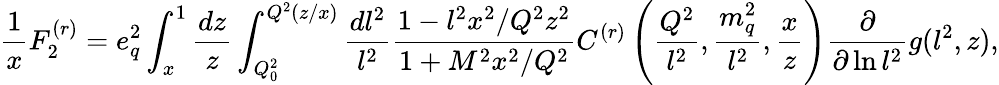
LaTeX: \frac{1}{x}F_{2}^{(r)}=e_{q}^{2}\int_{x}^{1}\frac{dz}{z}\int_{Q_{0}^{2}}^{Q^{2}(z/x)}\frac{dl^{2}}{l^{2}}\frac{1-l^{2}x^{2}/Q^{2}z^{2}}{1+M^{2}x^{2}/Q^{2}}C^{(r)}\left(\frac{Q^{2}}{l^{2}},\frac{m_{q}^{2}}{l^{2}},\frac{x}{z}\right)\frac{\partial}{\partial\ln l^{2}}g(l^{2},z),